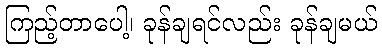
ကြည့်တာပေါ့၊ ခုန်ချရင်လည်း ခုန်ချမယ်